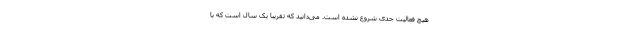
هیچ فعالیت جدی شروع نشده است. می‌دانید که تقریبا یک سال است که با